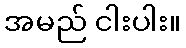
အမည် ငါးပါး။